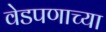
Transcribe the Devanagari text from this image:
वेडपणाच्या